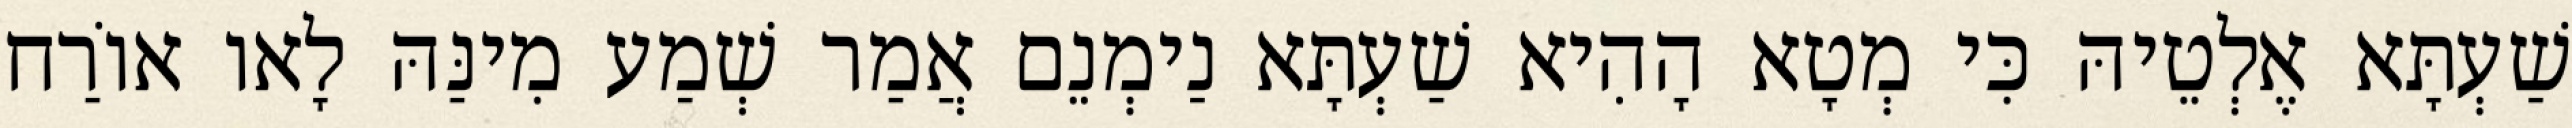
שַׁעְתָּא אֶלְטֵיהּ כִּי מְטָא הָהִיא שַׁעְתָּא נַימְנֵם אֲמַר שְׁמַע מִינַּהּ לָאו אוֹרַח